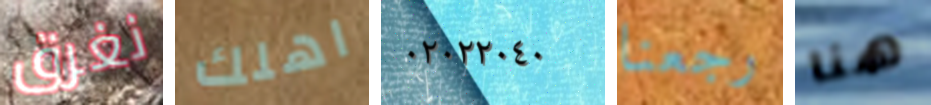
نغرق اهلك ٠٢٠٢٢٠٤٠ رجعنا هنا